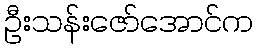
ဦးသန်းဇော်အောင်က